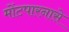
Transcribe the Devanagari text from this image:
मोंटपारनासे